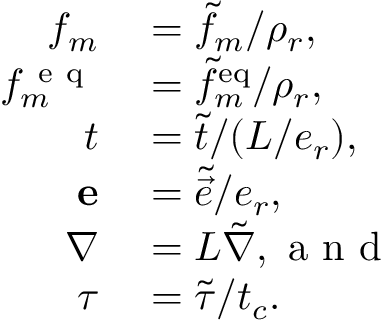
\begin{array} { r l } { f _ { m } } & { { } = \tilde { f } _ { m } / \rho _ { r } , } \\ { \ensuremath { f ^ { \mathrm { ~ e ~ q ~ } } } _ { m } } & { { } = \tilde { f } _ { m } ^ { \mathrm { { e q } } } / \rho _ { r } , } \\ { t } & { { } = \tilde { t } / ( L / e _ { r } ) , } \\ { \ensuremath { \mathbf { e } } } & { { } = \tilde { \vec { e } } / e _ { r } , } \\ { \nabla } & { { } = L \tilde { \nabla } , \mathrm { ~ a ~ n ~ d ~ } } \\ { \tau } & { { } = \tilde { \tau } / t _ { c } . } \end{array}